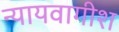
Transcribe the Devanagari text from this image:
न्यायवागीश